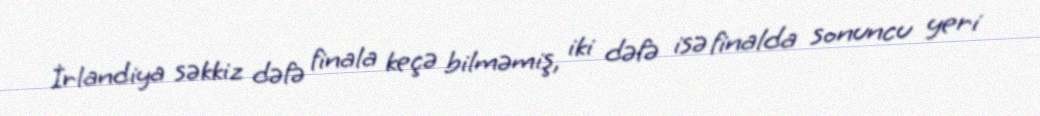
İrlandiya səkkiz dəfə finala keçə bilməmiş, iki dəfə isə finalda sonuncu yeri